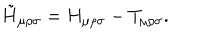
LaTeX: \tilde { H } _ { \mu \rho \sigma } = H _ { \mu \rho \sigma } - T _ { \mu \rho \sigma } .